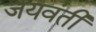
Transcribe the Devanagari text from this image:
जयवंती